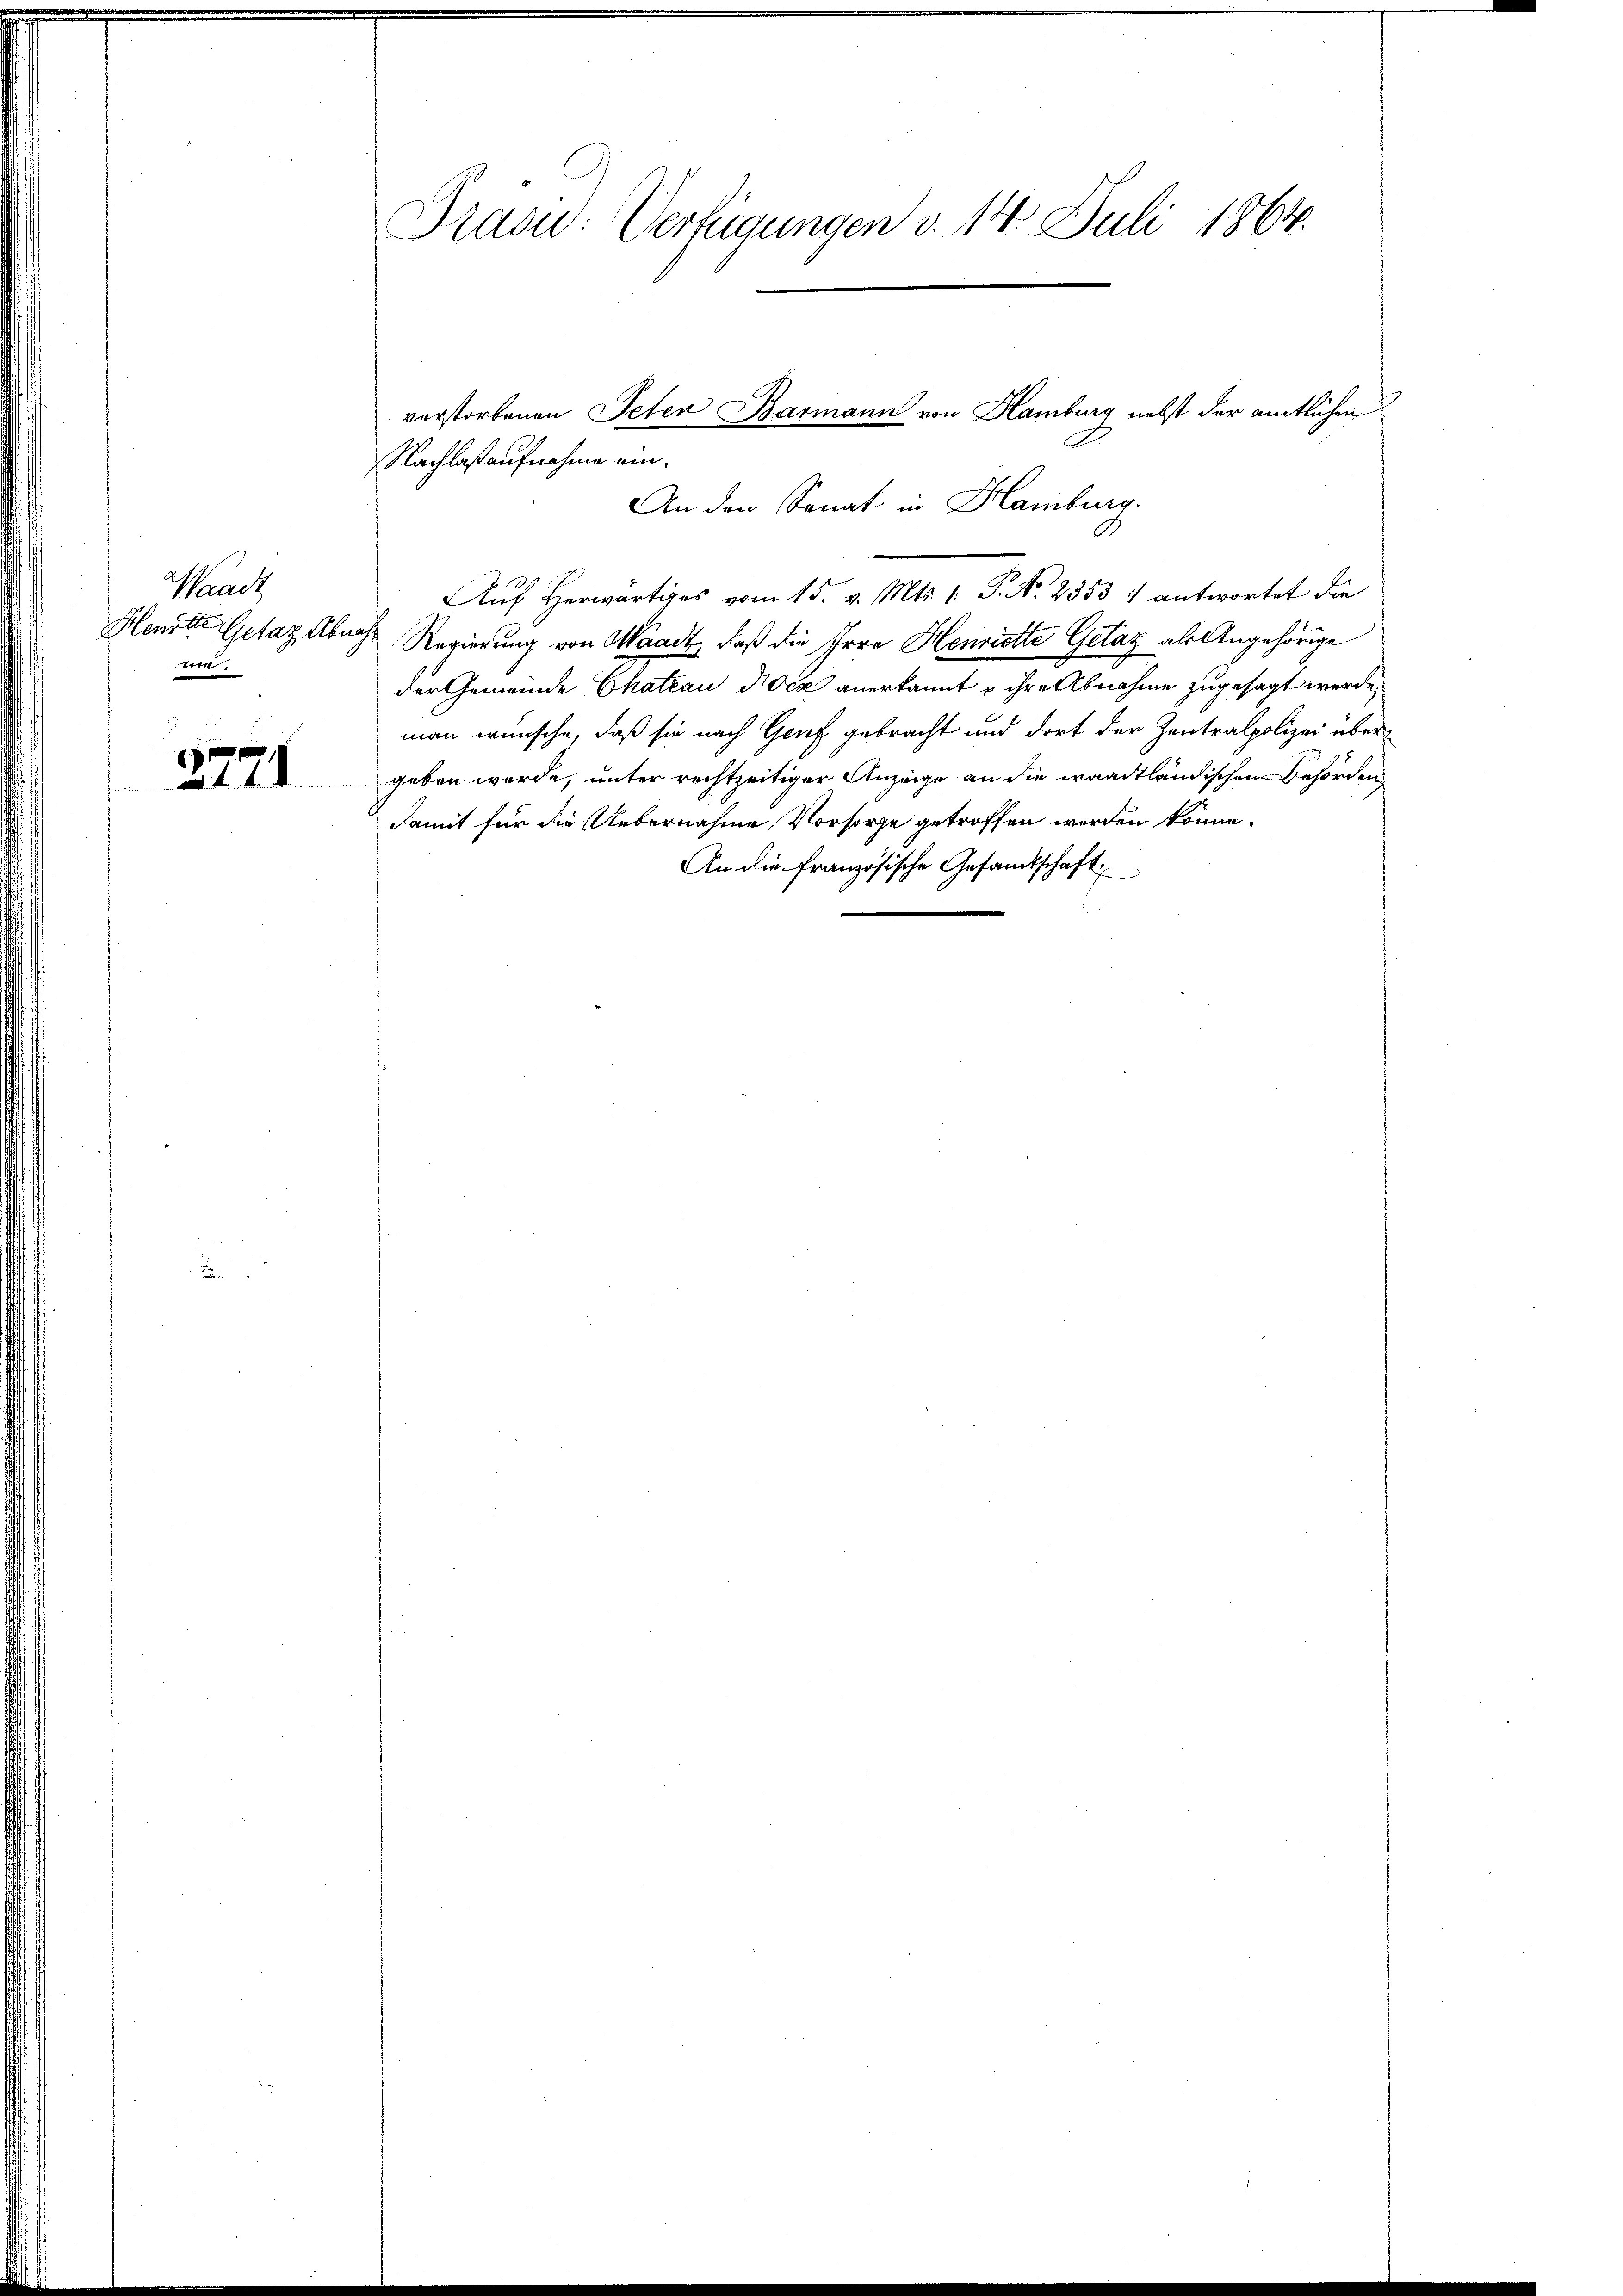
Tradi
.

2721

Präsid.: Verfügungen d. 14. Juli 1864.

Nachlaßaufnahme ein¬
An den Sonat in Hamburg.
Auf herwärtiges vom 15. v. Mts. 1. P. Nr. 2353 1 antwortet die
Henotte Getaz Abnahe Regierung von Waadt, daß die Irre Henriette Gelaz als Angehörige
der Gemeinde Chateau doch anerkannt u ihre Abnahme zugesagt werde,
man wünsche, daß sie nach Graf gebracht und dort der Zentralpolizei übergeben wurde, unter rechtzeitiger Anzeige an die waadtländischen Behörden
damit für die Uebernahme Vorsorge getroffen werden könne.
An die französische Gesandtschaft

verstorbenen Peten Barmann von Hamburg nebst der amtlichen